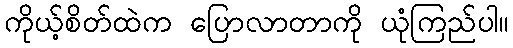
ကိုယ့်စိတ်ထဲက ပြောလာတာကို ယုံကြည်ပါ။